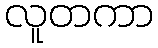
လူတကာ